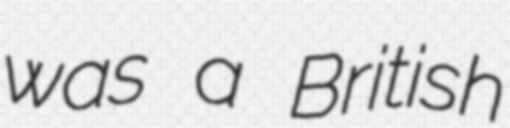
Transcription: was a British